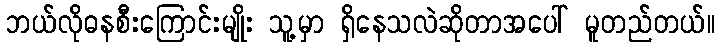
ဘယ်လိုဓနစီးကြောင်းမျိုး သူ့မှာ ရှိနေသလဲဆိုတာအပေါ် မူတည်တယ်။